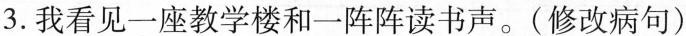
3.我看见一座教学楼和一阵阵读书声。(修改病句)